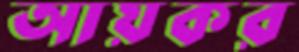
আয়কর